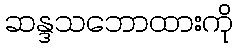
ဆန္ဒသဘောထားကို